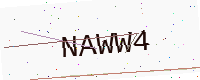
Text: NAWW4